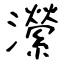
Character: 瀠